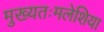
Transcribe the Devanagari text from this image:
मुख्यतःमलेशिया